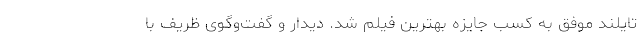
تایلند موفق به کسب جایزه بهترین فیلم شد. دیدار و گفت‌وگوی ظریف با